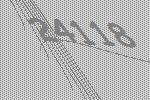
24118